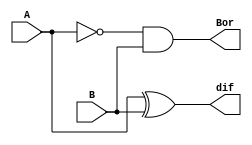
module halfSubstractor(A, B, dif, Bor);
input A, B; 
output dif , Bor; 
xor a1(dif , A, B);
not a2(w1, A);
and a3(Bor, w1, B); 
endmodule

module halfSubstractor_tb;
reg A, B;
wire diff, Borrow; 
halfSubstractor i(A, B, diff, Borrow);
initial 
begin 
        A = 1'b0;
        B = 1'b0; 
$monitor("time=%0t, a = %b, b = %b, Diff = %b, Carry = %b" , $time, A , B , diff , Borrow);
#5 A=1'b0; B=1'b0;
#5 A=1'b0; B=1'b1;
#5 A=1'b1; B=1'b0;
#5 A=1'b1; B=1'B1;
end
endmodule